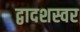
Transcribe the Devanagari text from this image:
द्वादशस्वर